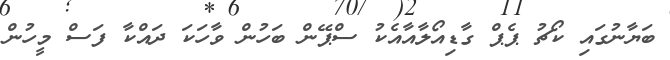
ބަޔާނުގައި ކޯޗު ޕެޕް ގާޑިއޯލާއާއެކު ސްޕޭން ބަހުން ވާހަކަ ދައްކާ ފަސް މީހުން